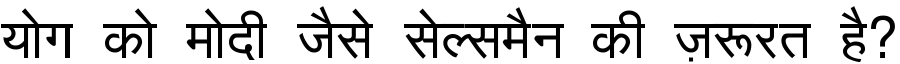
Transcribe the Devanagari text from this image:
योग को मोदी जैसे सेल्समैन की ज़रूरत है?